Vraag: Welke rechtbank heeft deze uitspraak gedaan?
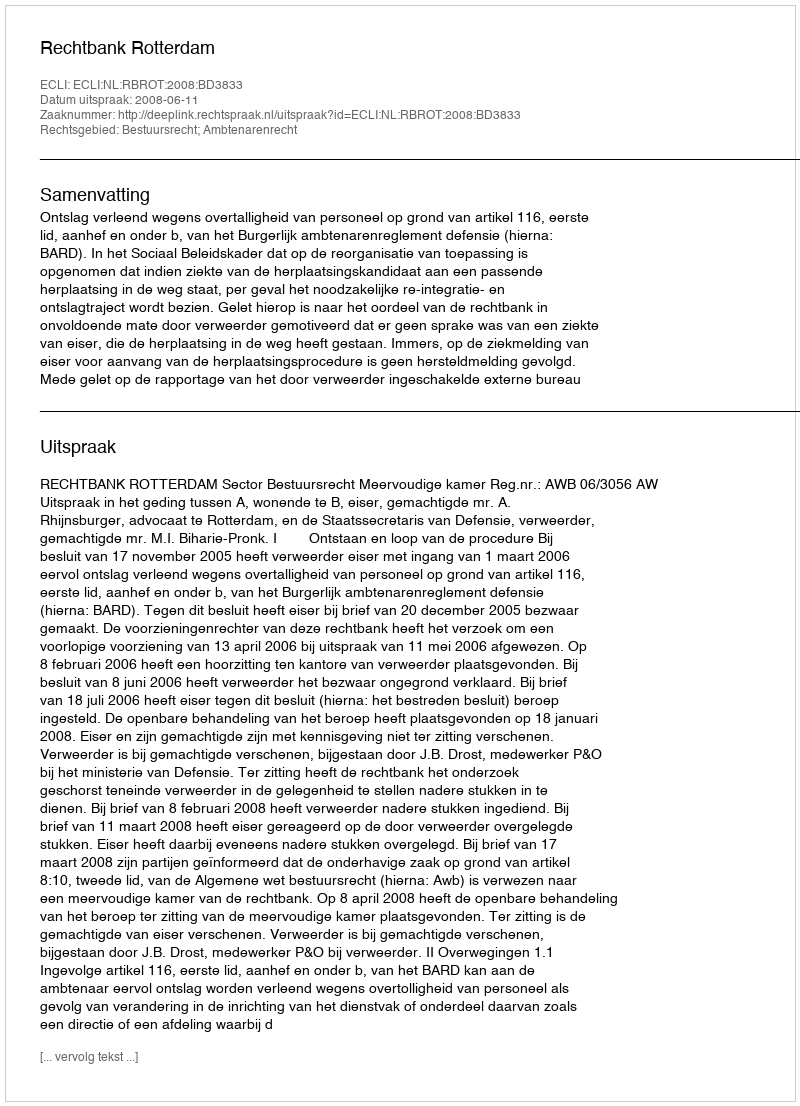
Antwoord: Rechtbank Rotterdam